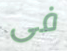
فى